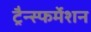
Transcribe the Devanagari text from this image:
ट्रैन्स्फर्मेशन